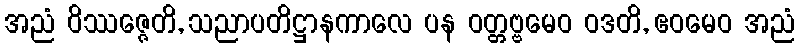
အညံ ဝိဿဇ္ဇေတိ, သညာပတိဋ္ဌာနကာလေ ပန ဝတ္တဗ္ဗမေဝ ဝဒတိ, ဧဝမေဝ အညံ